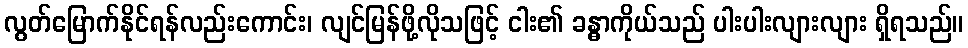
လွတ်မြောက်နိုင်ရန်လည်းကောင်း၊ လျင်မြန်ဖို့လိုသဖြင့် ငါး၏ ခန္ဓာကိုယ်သည် ပါးပါးလျားလျား ရှိရသည်။